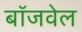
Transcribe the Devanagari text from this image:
बॉजवेल